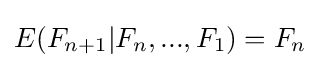
E(F_{n+1}|F_{n},...,F_{1})=F_{n}